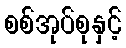
စစ်အုပ်စုနှင့်